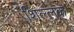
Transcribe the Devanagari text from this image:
शिल्‍लक